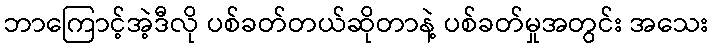
ဘာကြောင့်အဲ့ဒီလို ပစ်ခတ်တယ်ဆိုတာနဲ့ ပစ်ခတ်မှုအတွင်း အသေး